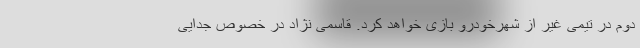
دوم در تیمی غیر از شهرخودرو بازی خواهد کرد. قاسمی نژاد در خصوص جدایی